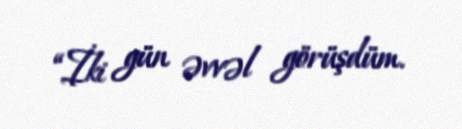
“İki gün əvvəl görüşdüm.